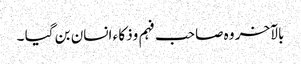
بالآخر وہ صاحب فہم وذکا ء انسان بن گیا ۔